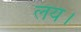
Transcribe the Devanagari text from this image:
लय।